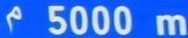
5000 m